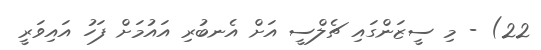
22) - މި ސީޒަންގައި ޗެލްސީ އަށް އެނބުރި އައުމަށް ފަހު އައިވަރީ